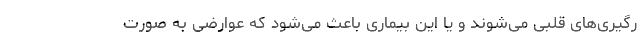
رگیری‌های قلبی می‌شوند و یا این بیماری باعث می‌شود که عوارضی به صورت